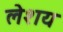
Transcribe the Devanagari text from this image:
लेशय